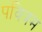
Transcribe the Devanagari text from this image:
पवित्रम